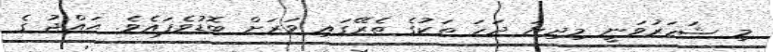
މި ޝަހަރުވަނީ މިދިޔަ ދަހަ ތަކުގެ ތެރޭގައި ވަރަށް ބޮޑުވެފައެވެ. ޙައްޖު ގެ